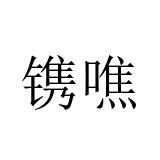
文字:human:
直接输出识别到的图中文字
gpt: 镌噍